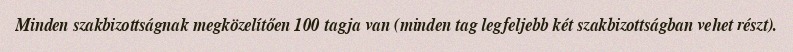
Minden szakbizottságnak megközelítően 100 tagja van (minden tag legfeljebb két szakbizottságban vehet részt).